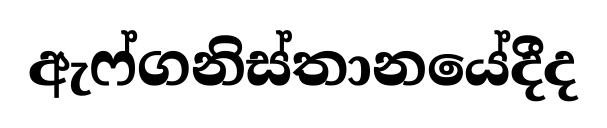
ඇෆ්ගනිස්තානයේදීද